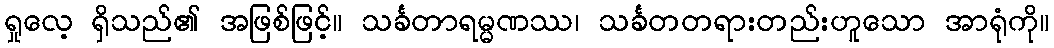
ရှုလေ့ ရှိသည်၏ အဖြစ်ဖြင့်။ သင်္ခတာရမ္မဏဿ၊ သင်္ခတတရားတည်းဟူသော အာရုံကို။